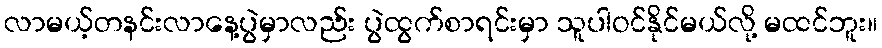
လာမယ့်တနင်းလာနေ့ပွဲမှာလည်း ပွဲထွက်စာရင်းမှာ သူပါဝင်နိုင်မယ်လို့ မထင်ဘူး။